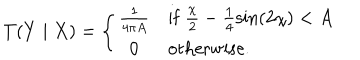
LaTeX: T ( Y \mid X ) = \left\{ \begin{array} { c l } { { \frac { 1 } { 4 \pi A } } } & { { \mathrm { i f } ~ \frac { \chi } { 2 } - \frac { 1 } { 4 } \sin ( 2 \chi ) < A } } \\ { { 0 } } & { { \mathrm { o t h e r w i s e . } } } \\ \end{array} \right.